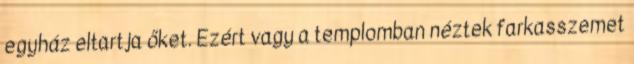
egyház eltartja őket. Ezért vagy a templomban néztek farkasszemet